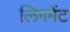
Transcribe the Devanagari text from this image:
लिगमेंट